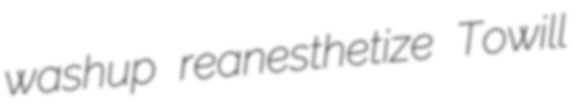
washup reanesthetize Towill